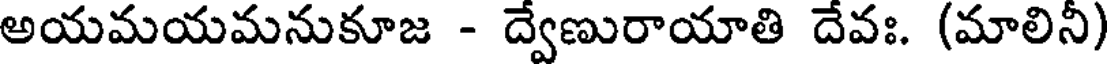
అయమయమనుకూజ - ద్వేణురాయాతి దేవః. (మాలినీ)